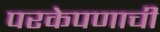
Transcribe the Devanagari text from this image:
परकेपणाची